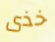
خذى